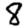
Digit: 8